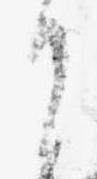
日